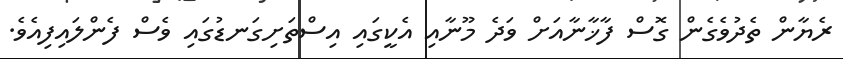
ރެޔާން ތެދުވެގެން ގޮސް ފާޚާނާއަށް ވަދެ މޫނާއި އެކީގައި އިސްތަށިގަނޑުގައި ވެސް ފެންލައިފިއެވެ.